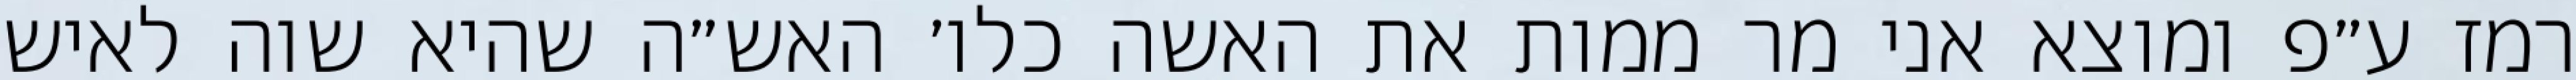
רמז ע״פ ומוצא אני מר ממות את האשה כלו׳ האש״ה שהיא שוה לאיש